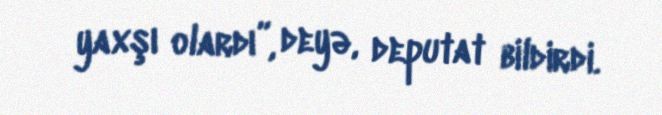
yaxşı olardı”, deyə, deputat bildirdi.